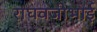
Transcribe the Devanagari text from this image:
राघवजीभाई